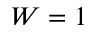
W = 1